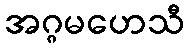
အဂ္ဂမဟေသီ